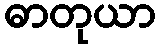
ဓာတုယာ